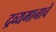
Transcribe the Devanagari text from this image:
द्रव्यमानाचे